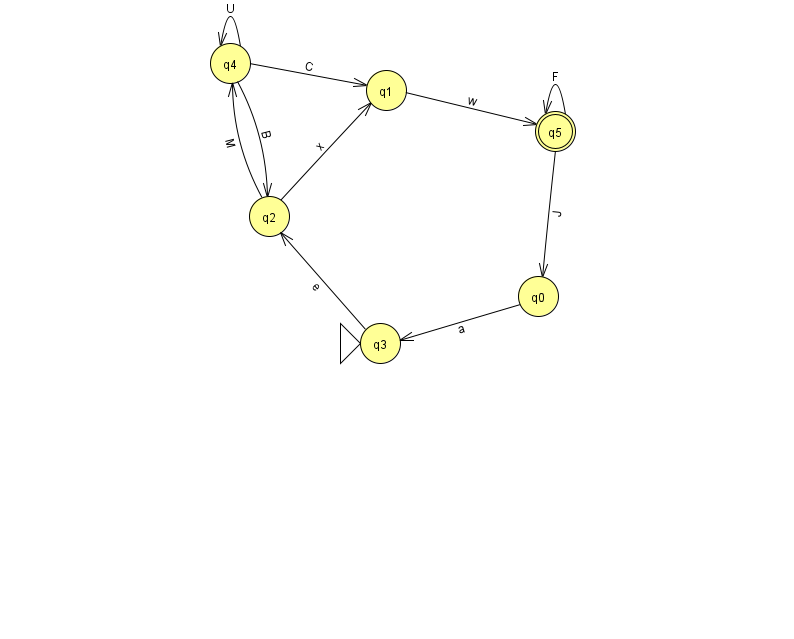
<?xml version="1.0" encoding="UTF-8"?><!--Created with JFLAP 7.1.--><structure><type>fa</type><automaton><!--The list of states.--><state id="0" name="q0"><x>538.0</x><y>283.0</y></state><state id="1" name="q1"><x>386.0</x><y>77.0</y></state><state id="2" name="q2"><x>269.0</x><y>203.0</y></state><state id="3" name="q3"><x>380.0</x><y>330.0</y><initial/></state><state id="4" name="q4"><x>230.0</x><y>50.0</y></state><state id="5" name="q5"><x>555.0</x><y>118.0</y><final/></state><!--The list of transitions.--><transition><from>2</from><to>1</to><read>x</read></transition><transition><from>3</from><to>2</to><read>e</read></transition><transition><from>0</from><to>3</to><read>a</read></transition><transition><from>4</from><to>1</to><read>C</read></transition><transition><from>2</from><to>4</to><read>M</read></transition><transition><from>4</from><to>4</to><read>U</read></transition><transition><from>5</from><to>5</to><read>F</read></transition><transition><from>4</from><to>2</to><read>B</read></transition><transition><from>1</from><to>5</to><read>w</read></transition><transition><from>5</from><to>0</to><read>J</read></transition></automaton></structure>